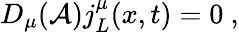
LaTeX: D_{\mu}({\cal A})j_{L}^{\mu}(x,t)=0\ ,